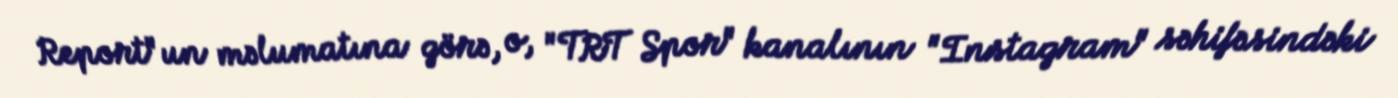
Report"un məlumatına görə, o, "TRT Spor" kanalının "Instagram" səhifəsindəki